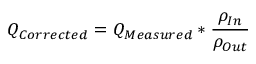
Q _ { C o r r e c t e d } = Q _ { M e a s u r e d } * { \frac { \rho _ { I n } } { \rho _ { O u t } } } \,